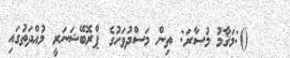
():މަޤާމު މުސާރަ: ތިން މަސްދުވަހުގެ ޕްރޮބޭޝަނަރީ މުއްދަތުގައި